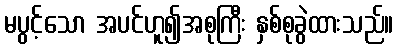
မပွင့်သော အပင်ဟူ၍အစုကြီး နှစ်စုခွဲထားသည်။